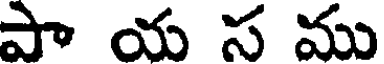
పా య స ము